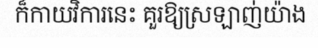
ក៏កាយវិការនេះ គួរឱ្យស្រឡាញ់យ៉ាង